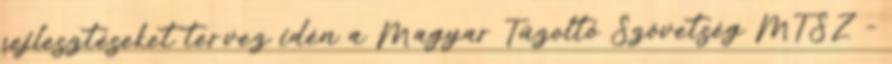
fejlesztéseket tervez idén a Magyar Tűzoltó Szövetség MTSZ –